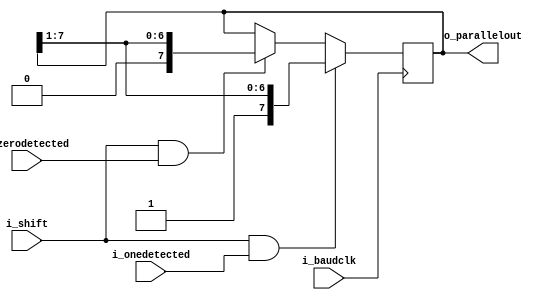


     module sipo_rx(i_onedetected,i_zerodetected,i_baudclk,i_shift,
	                o_parallelout);
	 
	 input i_baudclk,i_onedetected,i_zerodetected,i_shift;
	 output reg [7:0] o_parallelout = 0;
	 
	 always@(posedge i_baudclk)
	    begin
		  if(i_shift && i_onedetected)
		      o_parallelout <= {1'b1,o_parallelout[7:1]};
		  else if(i_shift && i_zerodetected)  
		      o_parallelout <= {1'b0,o_parallelout[7:1]};
		end
		
	 endmodule